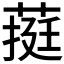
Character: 𮐄